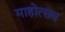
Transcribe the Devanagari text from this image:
माहोत्सव